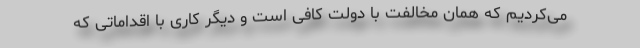
می‌کردیم که همان مخالفت با دولت کافی است و دیگر کاری با اقداماتی که